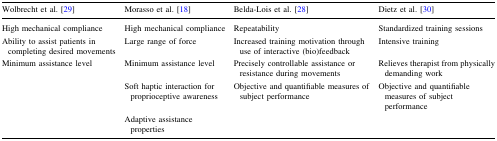
| Wolbrecht et al. [29] | Morasso et al. [18] | Belda-Lois et al. [28] | Dietz et al. [30] |
 | --- | --- | --- | --- |
 | High mechanical compliance | High mechanical compliance | Repeatability | Standardized training sessions |
 | Ability to assist patients in completing desired movements | Large range of force | Increased training motivation through use of interactive (bio)feedback | Intensive training |
 | Minimum assistance level | Minimum assistance level | Precisely controllable assistance or resistance during movements | Relieves therapist from physically demanding work |
 |  | Soft haptic interaction for proprioceptive awareness | Objective and quantifiable measures of subject performance | Objective and quantifiable measures of subject performance |
 |  | Adaptive assistance properties |  |  |